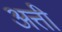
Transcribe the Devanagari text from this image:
अत्ती